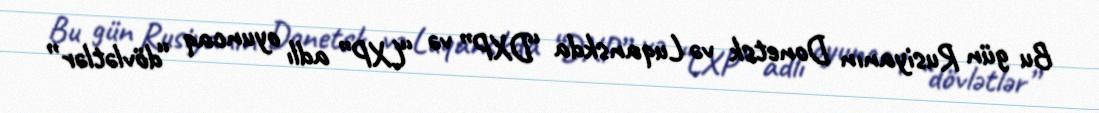
Bu gün Rusiyanın Donetsk və Luqanskda “DXP” və “LXP” adlı oyuncaq “dövlətlər”